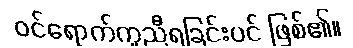
ဝင်ရောက်ကူညီရခြင်းပင် ဖြစ်၏။